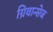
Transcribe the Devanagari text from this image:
ग्रिवान्सेज